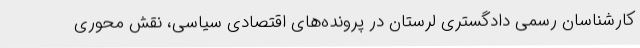
کارشناسان رسمی دادگستری لرستان در پرونده‌های اقتصادی سیاسی، نقش محوری